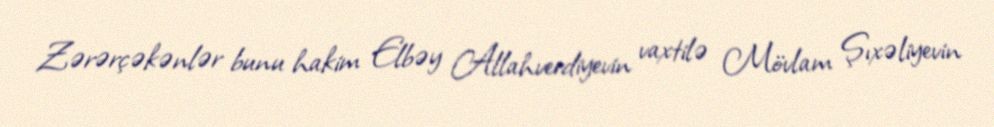
Zərərçəkənlər bunu hakim Elbəy Allahverdiyevin vaxtilə Mövlam Şıxəliyevin